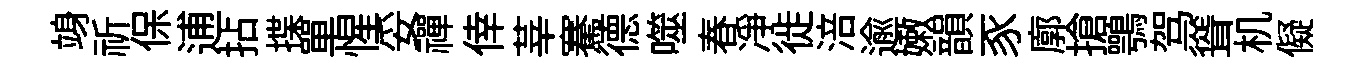
竧祈保逋拈揲單惺妥禪倖莘騫德噬春净徙涪逾嫩韻豕廓搶鶚驾聳机儗